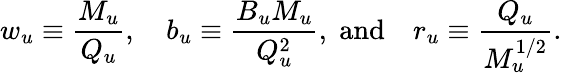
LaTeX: w_{u}\equiv\frac{M_{u}}{Q_{u}},\quad b_{u}\equiv\frac{B_{u}M_{u}}{Q_{u}^{2}},\; \textrm{and}\quad r_{u}\equiv\frac{Q_{u}}{M_{u}^{1/2}}.